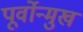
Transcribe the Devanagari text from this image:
पूर्वोन्मुख